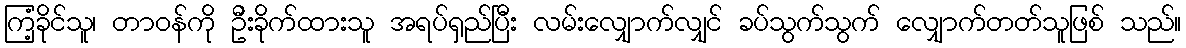
ကြံ့ခိုင်သူ၊ တာဝန်ကို ဦးခိုက်ထားသူ အရပ်ရှည်ပြီး လမ်းလျှောက်လျှင် ခပ်သွက်သွက် လျှောက်တတ်သူဖြစ် သည်။